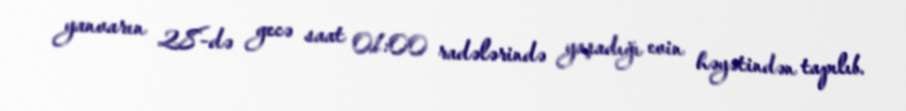
yanvarın 28-də gecə saat 01:00 radələrində yaşadığı evin həyətindən tapılıb.